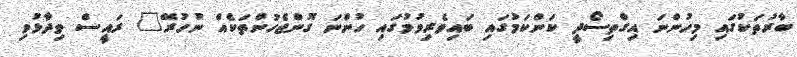
ބާރުތަކުގައި މިހުންނަ އިގްތިސޯދީ ކަންކަމުގައި ބައިވެރިވުމުގައި ހުންނަ ގޮންޖެހުންތަކެއް ނުހުރޭ" ރައީސް ވިދާޅުވި